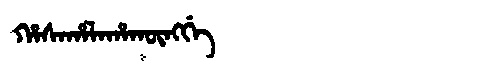
Manchu: ᡥᠠᠰᠠᡥᠠᠯᠠᡥᠠᡴᡡᠩᡤᡝ
Romanization: HASAHALAHAKŪNGGE